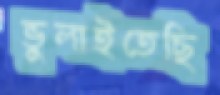
ভুলাইতেছি